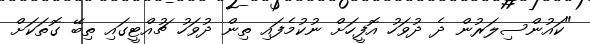
"ކައުންސިލަރުން ދެ ދުވަހު އޮފީހަށް ނުކުމެފައި ތިން ދުވަހު ޗުއްޓީގައި ތިބޭ ގޮތަކަށް